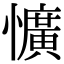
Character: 懭